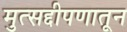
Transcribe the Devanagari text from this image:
मुत्सद्दीपणातून